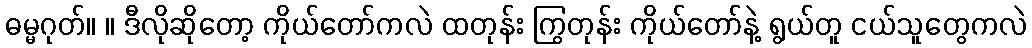
ဓမ္မဂုတ်။ ။ ဒီလိုဆိုတော့ ကိုယ်တော်ကလဲ ထတုန်း ကြွတုန်း ကိုယ်တော်နဲ့ ရွယ်တူ ငယ်သူတွေကလဲ